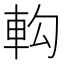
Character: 𨊵